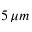
5 \, \mu m